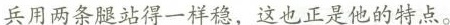
兵用两条腿站得一样稳，这也正是他的特点。